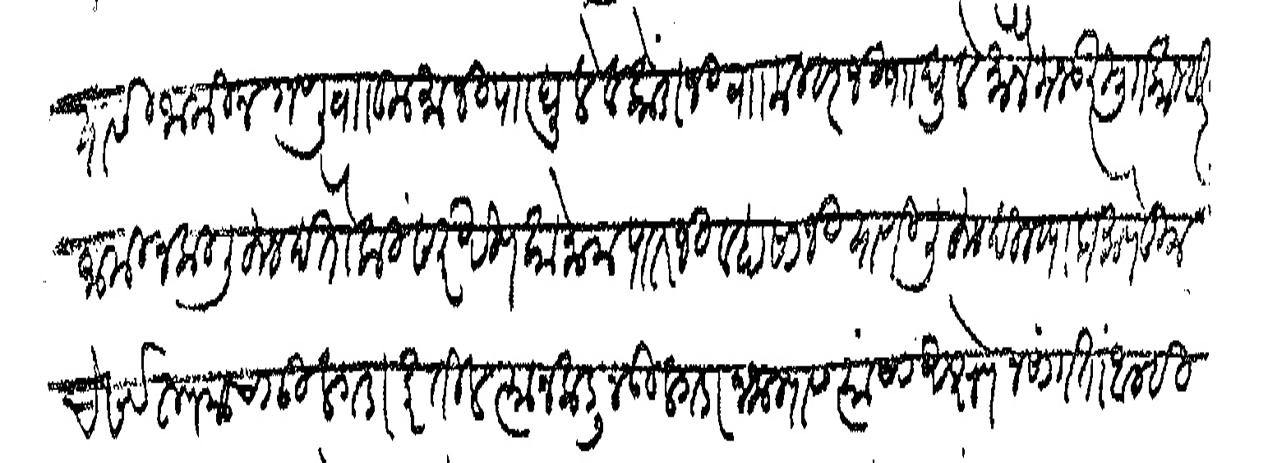
Transliteration (Devanagari): यासी जामीन गणू वा कुमाजी पा घुले व कोंडाजी वा मल्हारजी पा घुले मौजे मजकूर मु कान्हूर जामीनकी लिहून देतो कि सदरी रिणको नाम पातजी व हासाजी यांणी लिहून दिल्ह्याप्रमाणे तुमचे सर्व रुपयाचा उलगडा करतील त्याजकडून उलगडा न जाल्यास त्यांचा अक्षेप न सांगता आम्ही